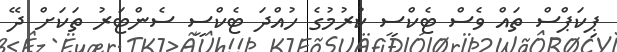
ޕިކަޕްސް ތައް ވެސް ޓެކްސީ ކުރުމުގެ ހުއްދަ ޓެކްސީ ސެންޓަރު ތަކަށް ދޭ